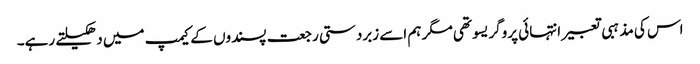
اس کی مذہبی تعبیر انتہائی پروگریسو تھی مگر ہم اسے زبردستی رجعت پسندوں کے کیمپ میں دھکیلتے رہے۔